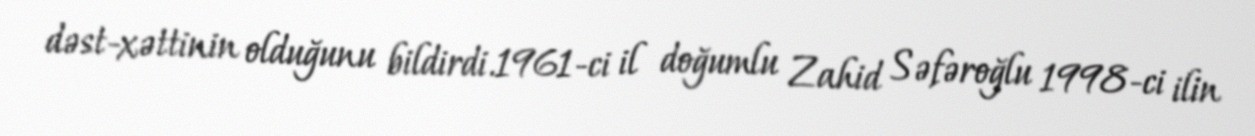
dəst-xəttinin olduğunu bildirdi.1961-ci il doğumlu Zahid Səfəroğlu 1998-ci ilin